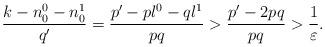
LaTeX: \begin{align*}\frac{k - n_0^0 - n_0^1}{q'} = \frac{p' - pl^0 - ql^1}{pq} > \frac{p' - 2pq}{pq} > \frac{1}{\varepsilon}. \end{align*}